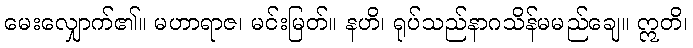
မေးလျှောက်၏။ မဟာရာဇ၊ မင်းမြတ်။ နဟိ၊ ရုပ်သည်နာဂသိန်မမည်ချေ။ ဣတိ၊